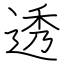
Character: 透